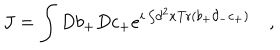
J = \int D b _ { + } D c _ { + } e ^ { i \int \! d ^ { 2 } x \mathrm { T r } ( b _ { + } \partial _ { - } c _ { + } ) } \quad ,